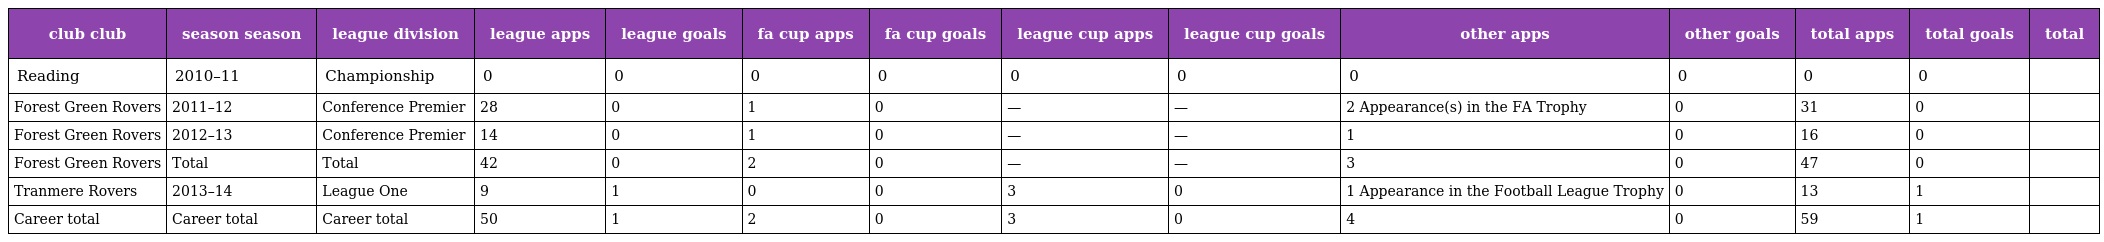
| club club | season season | league division | league apps | league goals | fa cup apps | fa cup goals | league cup apps | league cup goals | other apps | other goals | total apps | total goals | total |
 | --- | --- | --- | --- | --- | --- | --- | --- | --- | --- | --- | --- | --- | --- |
 | Reading | 2010–11 | Championship | 0 | 0 | 0 | 0 | 0 | 0 | 0 | 0 | 0 | 0 |  |
 | Forest Green Rovers | 2011–12 | Conference Premier | 28 | 0 | 1 | 0 | — | — | 2 Appearance(s) in the FA Trophy | 0 | 31 | 0 |  |
 | Forest Green Rovers | 2012–13 | Conference Premier | 14 | 0 | 1 | 0 | — | — | 1 | 0 | 16 | 0 |  |
 | Forest Green Rovers | Total | Total | 42 | 0 | 2 | 0 | — | — | 3 | 0 | 47 | 0 |  |
 | Tranmere Rovers | 2013–14 | League One | 9 | 1 | 0 | 0 | 3 | 0 | 1 Appearance in the Football League Trophy | 0 | 13 | 1 |  |
 | Career total | Career total | Career total | 50 | 1 | 2 | 0 | 3 | 0 | 4 | 0 | 59 | 1 |  |